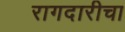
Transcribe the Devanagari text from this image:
रागदारीचा